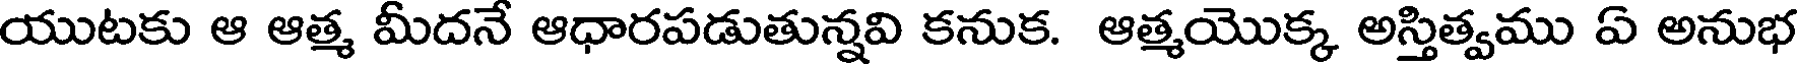
యుటకు ఆ ఆత్మ మీదనే ఆధారపడుతున్నవి కనుక. ఆత్మయొక్క అస్తిత్వము ఏ అనుభ